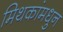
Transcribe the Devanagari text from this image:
मिथकांमधुन